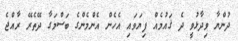
ދުންޔާ ވިދާޅުވީ ދެ ޤައުމެއް ފިޔަވައި އެހެން އެންމެންގެ ބަސްމަގާ ދޭތެރޭ ރާއްޖެ